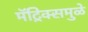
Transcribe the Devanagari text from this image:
मॅट्रिक्समुळे